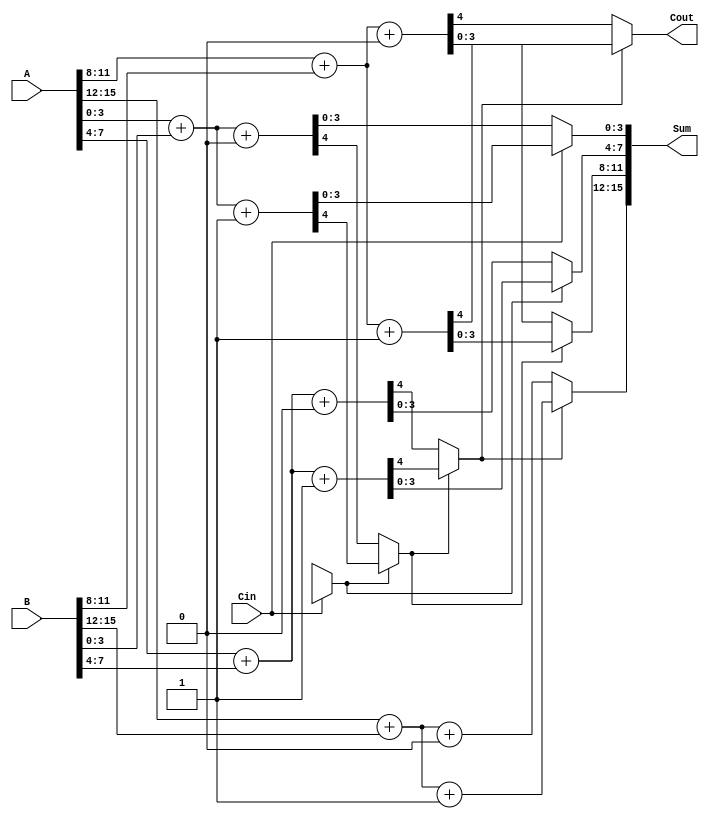
module CarrySelectAdder #(parameter N = 16) (
    input  [N-1:0] A,       // First n-bit input
    input  [N-1:0] B,       // Second n-bit input
    input  Cin,             // Carry-in for the least significant bit
    output [N-1:0] Sum,     // n-bit sum output
    output Cout             // Carry-out
);

    localparam BLOCK_SIZE = 4; // Size of each block
    localparam NUM_BLOCKS = N / BLOCK_SIZE; // Number of blocks

    wire [BLOCK_SIZE-1:0] S0 [0:NUM_BLOCKS-1]; // Sum when carry-in = 0
    wire [BLOCK_SIZE-1:0] S1 [0:NUM_BLOCKS-1]; // Sum when carry-in = 1
    wire [NUM_BLOCKS:0] C0; // Carry-out when carry-in = 0
    wire [NUM_BLOCKS:0] C1; // Carry-out when carry-in = 1
    wire [NUM_BLOCKS-1:0] MUX_Cout; // MUX outputs for carry-out
    wire [N-1:0] MUX_Sum; // MUX outputs for sum

    // Generate sum and carry for each block
    genvar i;
    generate
        for (i = 0; i < NUM_BLOCKS; i = i + 1) begin : block
            wire [BLOCK_SIZE-1:0] A_block = A[(i+1)*BLOCK_SIZE-1:i*BLOCK_SIZE];
            wire [BLOCK_SIZE-1:0] B_block = B[(i+1)*BLOCK_SIZE-1:i*BLOCK_SIZE];

            // Compute sums and carries for carry-in = 0
            assign {C0[i+1], S0[i]} = A_block + B_block + 1'b0;

            // Compute sums and carries for carry-in = 1
            assign {C1[i+1], S1[i]} = A_block + B_block + 1'b1;
        end
    endgenerate

    // Select logic for sum and carry-out
    assign MUX_Cout[0] = Cin ? C1[0] : C0[0];
    assign Sum[BLOCK_SIZE-1:0] = Cin ? S1[0] : S0[0];

    generate
        for (i = 1; i < NUM_BLOCKS; i = i + 1) begin : select
            assign MUX_Cout[i] = MUX_Cout[i-1] ? C1[i] : C0[i];
            assign Sum[(i+1)*BLOCK_SIZE-1:i*BLOCK_SIZE] = MUX_Cout[i-1] ? S1[i] : S0[i];
        end
    endgenerate

    // Final carry-out
    assign Cout = MUX_Cout[NUM_BLOCKS-1];

endmodule